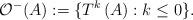
LaTeX: \begin{align*}\mathcal O^-(A):=\{T^k\left(A\right): k\le 0\}. \end{align*}